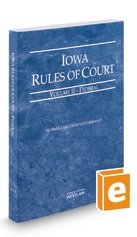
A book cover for Iowa Rules of Court Federal 2014 (Iowa Rules of Court. State and Federal); Westlaw; Law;